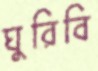
ঘুরিবি